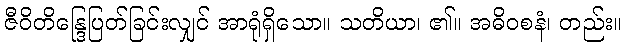
ဇီဝိတိန္ဒြေပြတ်ခြင်းလျှင် အာရုံရှိသော။ သတိယာ၊ ၏။ အဓိဝစနံ၊ တည်း။